Vital statistics of India. Vol. IV, Annual returns from 1871 to 1876. British Army of India, Native Army and jails of Bengal
Year: 1871
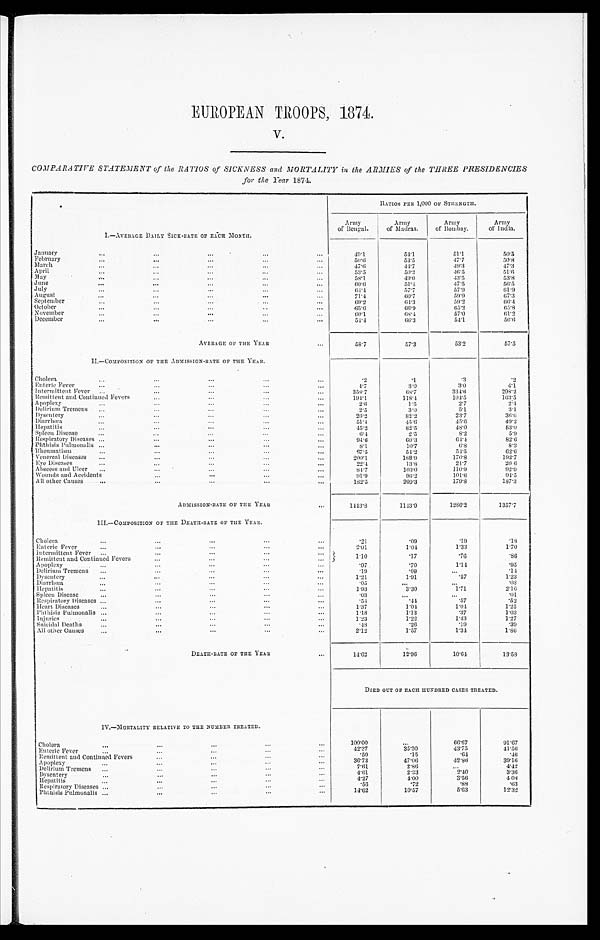
EUROPEAN TROOPS, 1874.
V.
COMPARATIVE STATEMENT of the RATIOS of SICKNESS and MORTALITY in the ARMIES of the THREE PRESIDENCIES
for the Year 1874.
I.—AVERAGE DAILY SICK-RATE OF EACH MONTH.
RATIOS PER 1,000 OF STRENGTH.
Army
of Bengal.
Army
of Madras.
Army
of Bombay.
Army
of India.
January . . .
49.1
54.1
51.1
50.5
February . . .
5 0 . 6
54.5
47.7
50.8
March . . .
4 7 . 6
44.7
4 9 . 3
47.3
April . . .
53.5
50.2
46.5
51.6
May . . .
58.1
49.0
43.5
53.8
June . . .
6 0 . 6
5 1 . 4
47.5
56.5
July . . .
64.4
57.7
57.9
6 1 . 9
August . . .
71.4
60.7
5 9 . 9
6 7 . 3
September . . .
6 9 . 2
64.3
59.2
6 6 . 4
October . . .
65. 6
6 6 . 9
65.2
65.8
November . . .
6 0 . 1
6 8 . 4
57.0
6 1 . 2
December . . .
5 4 . 4
66.3
54.1
56.6
AVERAGE OF THE YEAR . . .
5 8 . 7
57.3
5 3 . 2
57.5
II.—COMPOSITION OF THE ADMISSION-RATE OF THE YEAR.
Cholera . . .
. 2
. 1
. 3
.2
Enteric Fever . . .
4.7
3.0
3 . 0
4.1
Intermittent Fever . . .
358.7
68.7
334. 6
298.2
Remittent and Continued Fevers . . .
194.1
118.4
104.5
163.5
Apoplexy . . .
2 . 6
1.5
2.7
2.4
Delirium Tremens . . .
2.5
3.0
5.1
3.1
Dysentery . . .
26.2
82.2
23.7
36.6
Diarrhœa . . .
51.4
4 5 . 6
45. 6
49.2
Hepatitis . . .
4 5 . 2
82.5
48.0
53.0
Spleen Disease . . .
6 . 4
2 . 5
8 . 2 5.9
Respiratory Diseases . . .
9 4 . 6
60.3
64.4
8 2 . 6
Phthisis Pulmonalis . . .
8 . 1
1 0 . 7
6.8
8.3
Rheumatism matism . . .
67.5
54.2
54.5
6 2 . 6
Venereal Diseases . . .
200.1
188.9
170.8
192.7
Eye Diseases . . .
22.4
13.8
21.7
2 0 . 6
Abscess and Ulcer . . .
84.7
103.0
110. 9
92.9
Wounds and Accidents . . .
91.9
96.2
101. 6
94.5
All other Causes . . .
182.5
209. 3
179.8
187.3
ADMISSION-RATE OF THE YEAR . . .
1443.8
1143.9
1286.2
1357.7
I I I . —C OMP OS I T I ON OF T HE DE AT H- R AT E OF T HE YE AR .
Cholera . . .
.21
.09
. 1 9
.18
2.01
1. 04
1.33
1.70
Enteric Fever . . .
Intermittent Fever . . .
1. 10
.17
.76
.86
Remittent and Continued Fevers . . .
.70
1.14
.95
.97
Apoplexy . . .
Delirium Tremens . . .
.19
.09
. . .
.14
1.21
1.91
.57
1.23
Dysentery . . .
Diarrhœa . . .
.05
. . .
. . .
. 0 3
H e p a t i t i s . . .
1.93
3.30
1.71
2 . 1 6
Spleen Disease . . .
.03
. . .
. . .
.01
Respiratory Diseases . . .
. 5 4
. 4 4
.57
. 5 2
Heart Diseases . . .
1.37
1. 04
1. 04
1.25
Phthisis Pulmonalis . . .
1.18
1.13
.37
1.03
1.23
1 . 2 2
1.43
1.27
Injuries . . .
.48
. 2 6
.19
.39
Suicidal Deaths . . .
2.12
1.57
1. 34
1.86
All other Causes . . .
DEATH-RATE OF THE YEAR . . .
14. 62
12. 96
10. 64
1 3 . 5 8
DIED OUT OF EACH HUNDRED CASES TREATED.
IV.—MORTALITY RELATIVE TO THE NUMBER TREATED.
Cholera
.
.
.
1 0 0 . 0 0
. . .
6 6 . 6 7
91.67
4 2 . 3 7
35.30
43.75
41. 56
Enteric Fever . . .
. 5 0
. 1 5
. 6 4
. 4 6
Remittent and Continued Fevers . . .
36. 73
47.06
42. 86
39.16
Apoplexy
.
.
.
7.61
2. 86
. . .
4 . 4 2
Delirium Tremens . . .
4.61
2.33
2.40
3 . 3 6
Dysentery
.
.
.
4.27
4.00
3.56
4 08
Hepatitis . . .
. 5 6
. 7 2
.88
.63
Respiratory Diseases . . .
14.62
10.57
5.63
12. 32
Phtnisis Pulmonalis . . .